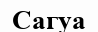
Сагуа